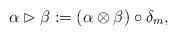
LaTeX: \begin{align*}\alpha \rhd \beta := (\alpha \otimes \beta) \circ \delta_m,\end{align*}